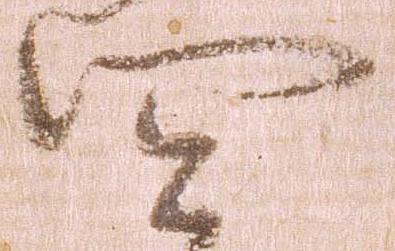
四